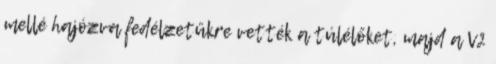
mellé hajózva fedélzetükre vették a túlélőket, majd a V2